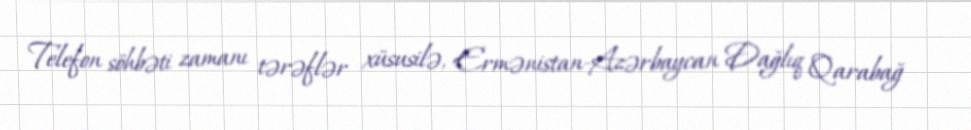
Telefon söhbəti zamanı tərəflər xüsusilə, Ermənistan-Azərbaycan Dağlıq Qarabağ